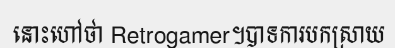
នោះហៅថា Retrogamer។បាទការបកស្រាយ